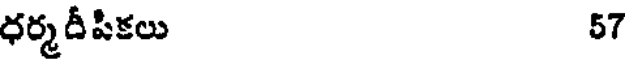
ధర్మదీపికలు 57